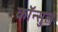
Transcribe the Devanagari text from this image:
कॉन्सुल